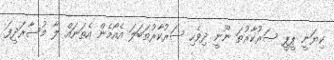
ކިޔަނީ ޕީޕީ ސަރުކާރުތަ ނޫނީ ދިވެހި ސަރުކާރުތަބަލަ އެއޯމެން އެތަނައް ލާ މުސާރަދީފަ